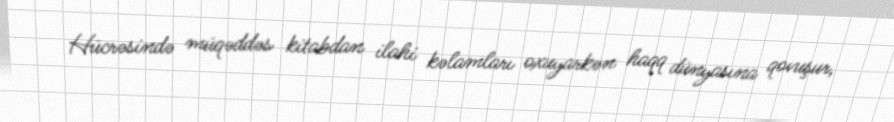
Hücrəsində müqəddəs kitabdan ilahi kəlamları oxuyarkən haqq dünyasına qovuşur,